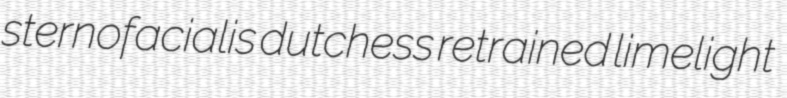
sternofacialis dutchess retrained limelight